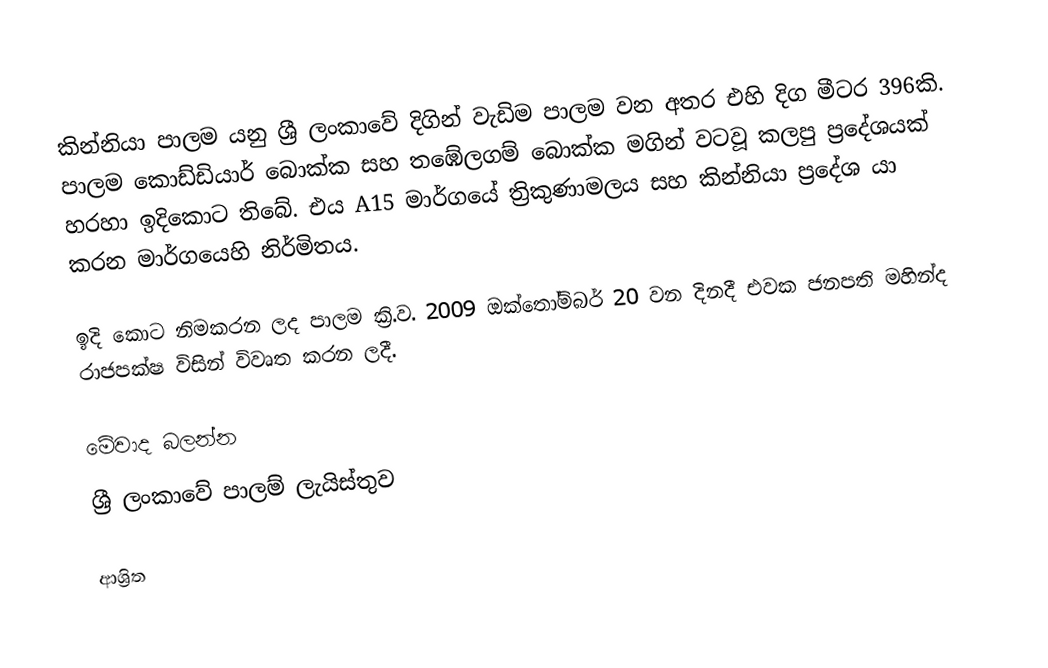
කින්නියා පාලම යනු ශ්‍රී ලංකාවේ දිගින් වැඩිම පාලම වන අතර එහි දිග මීටර 396කි. පාලම කොඩ්ඩියාර් බොක්ක සහ තඹේලගම් බොක්ක මගින් වටවූ කලපු ප්‍රදේශයක් හරහා ඉදිකොට තිබේ.  එය A15 මාර්ගයේ ත්‍රිකුණාමලය සහ කින්නියා ප්‍රදේශ යා කරන මාර්ගයෙහි නිර්මිතය.

ඉදි කොට නිමකරන ලද පාලම ක්‍රි.ව. 2009 ඔක්තෝම්බර් 20 වන දිනදී එවක ජනපති මහින්ද රාජපක්ෂ විසින් විවෘත කරන ලදී.

මේවාද බලන්න
ශ්‍රී ලංකාවේ පාලම් ලැයිස්තුව

ආශ්‍රිත